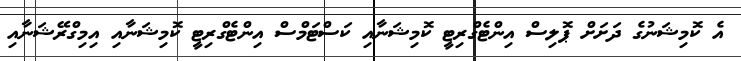
އެ ކޮމިޝަނުގެ ދަށަށް ޕޮލިސް އިންޓެގްރިޓީ ކޮމިޝަނާއި ކަސްޓަމްސް އިންޓެގްރިޓީ ކޮމިޝަނާއި އިމިގްރޭޝަނާއި